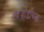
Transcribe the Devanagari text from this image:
तडजोडीच्या